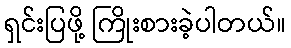
ရှင်းပြဖို့ ကြိုးစားခဲ့ပါတယ်။